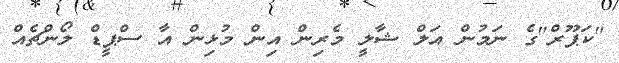
"ކަޕޫރް"ގެ ނަމުން އަލް ޝާލީ މެރިން އިން މުޅިން އާ ސްޕީޑް ލޯންޗެއް